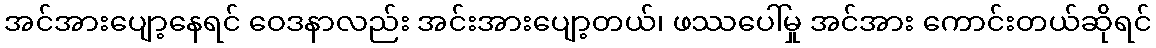
အင်အားပျော့နေရင် ဝေဒနာလည်း အင်းအားပျော့တယ်၊ ဖဿပေါ်မှု အင်အား ကောင်းတယ်ဆိုရင်